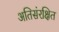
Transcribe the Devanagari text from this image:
अतिसंरक्षित